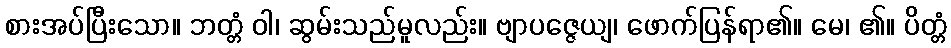
စားအပ်ပြီးသော။ ဘတ္တံ ဝါ၊ ဆွမ်းသည်မူလည်း။ ဗျာပဇ္ဇေယျ၊ ဖောက်ပြန်ရာ၏။ မေ၊ ၏။ ပိတ္တံ